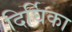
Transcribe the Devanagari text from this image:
दिर्घिका